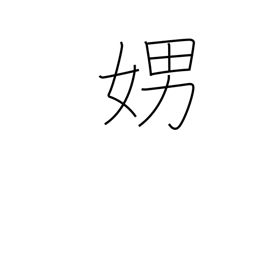
Meaning: loud talking